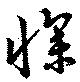
懆